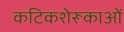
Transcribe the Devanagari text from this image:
कटिकशेरूकाओं